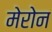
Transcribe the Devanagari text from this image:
मेरोन